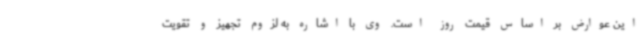
این عوارض بر اساس قیمت روز است. وی با اشاره به لزوم تجهیز و تقویت